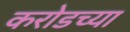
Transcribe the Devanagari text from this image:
करोडच्या